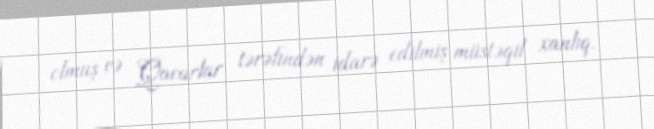
olmuş və Qacarlar tərəfindən idarə edilmiş müstəqil xanlıq.